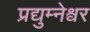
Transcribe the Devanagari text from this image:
प्रद्युम्नेश्वर